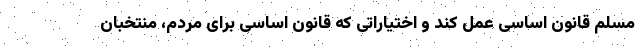
مسلم قانون اساسی عمل کند و اختیاراتی که قانون اساسی برای مردم، منتخبان